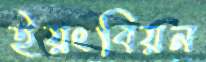
ইয়ংবিয়ন